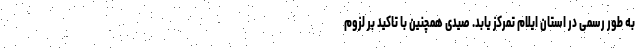
به طور رسمی در استان ایلام تمرکز یابد. صیدی همچنین با تاکید بر لزوم